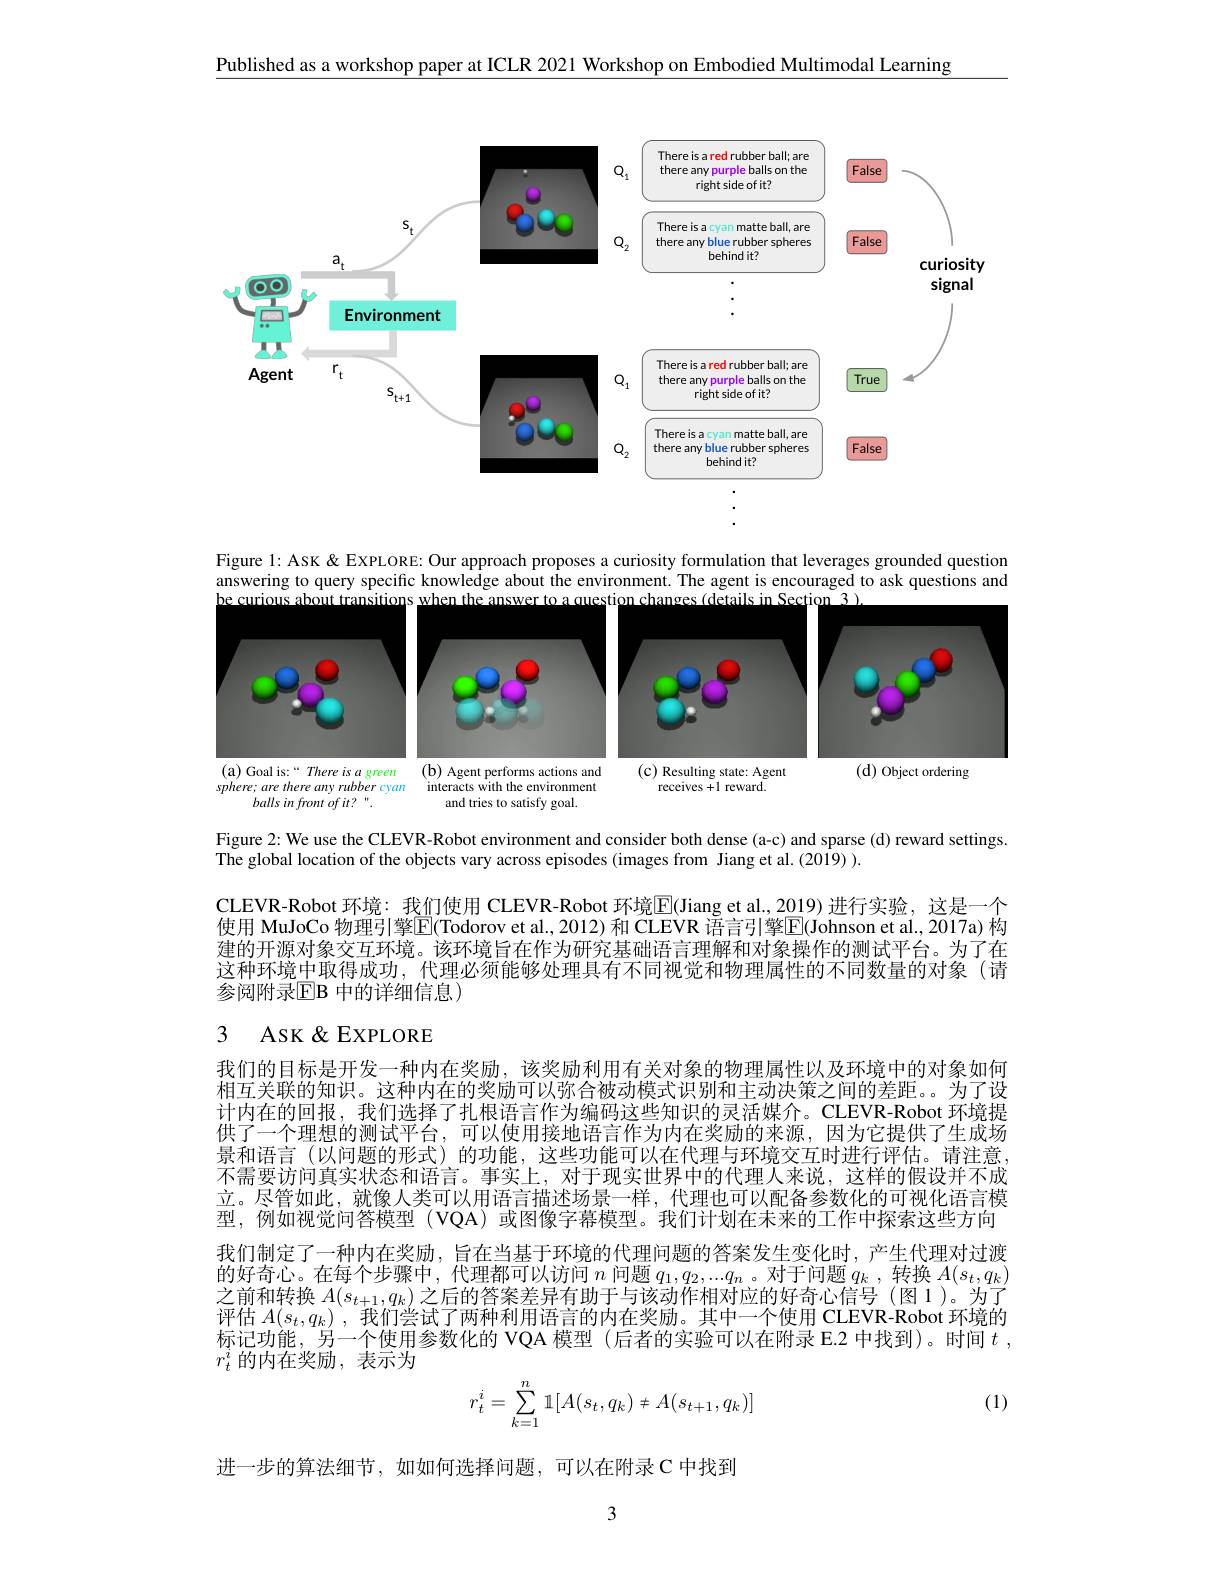
Published as a workshop paper at ICLR 2021 Workshop on Embodied Multimodal Learning

<FigureHere>

Figure 1: Ask & EXPLORE: Our approach proposes a curiosity formulation that leverages grounded question
<FigureHere>

Figure 2: We use the CLEVR-Robot environment and consider both dense (a-c) and sparse (d) reward settings.
The global location of the objects vary across episodes (images from Jiang et al.(2019) ).

CLEVR-Robot 环境：我们使用 CLEVR-Robot 环境$\overline{\mathbb{E}}($Jiang et al.,2019)进行实验，这是一个使用 MuJoCo 物理引擎$\overline{\mathrm{E}}($Todorov et al., 2012) 和 CLEVR 语言引擎$\overline{\mathrm{E}}($Johnson et al., 2017a) 构建的开源对象交互环境。该环境旨在作为研究基础语言理解和对象操作的测试平台。为了在这种环境中取得成功，代理必须能够处理具有不同视觉和物理属性的不同数量的对象(请参阅附录$\mathbb{E}$B 中的详细信息)

## 3 ASK&EXPLORE

我们的目标是开发一种内在奖励，该奖励利用有关对象的物理属性以及环境中的对象如何相互关联的知识。这种内在的奖励可以弥合被动模式识别和主动决策之间的差距。。为了设计内在的回报，我们选择了扎根语言作为编码这些知识的灵活媒介。CLEVR-Robot 环境提供了一个理想的测试平台，可以使用接地语言作为内在奖励的来源，因为它提供了生成场景和语言(以问题的形式)的功能，这些功能可以在代理与环境交互时进行评估。请注意， 不需要访问真实状态和语言。事实上，对于现实世界中的代理人来说，这样的假设并不成立。尽管如此，就像人类可以用语言描述场景一样，代理也可以配备参数化的可视化语言模型，例如视觉问答模型(VQA)或图像字幕模型。我们计划在未来的工作中探索这些方向我们制定了一种内在奖励，旨在当基于环境的代理问题的答案发生变化时，产生代理对过渡的好奇心。在每个步骤中，代理都可以访问$n$问题$q_1,q_2,...q_n$。对于问题$q_k$ ,转换$A(s_t,q_k)$ 之前和转换$A(s_{t+1},q_k)$之后的答案差异有助于与该动作相对应的好奇心信号 (图1)。为了评估$A(s_t,q_k)$ ,我们尝试了两种利用语言的内在奖励。其中一个使用 CLEVR-Robot 环境的标记功能，另一个使用参数化的 VQA 模型 (后者的实验可以在附录 E.2 中找到)。时间$t$, $r_t^i$的内在奖励，表示为

(1)
$$r_t^i=\sum\limits_{k=1}^n\mathbb{1}[A(s_t,q_k)\neq A(s_{t+1},q_k)]$$
进一步的算法细节，如如何选择问题，可以在附录C 中找到

3